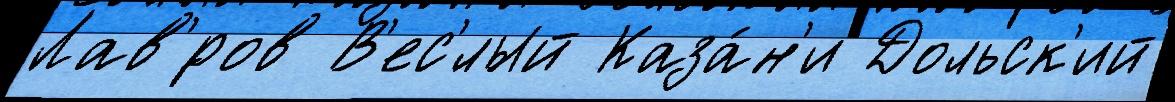
Лав'́ров В'ес'́лый Каза́н'и Дольск'ий